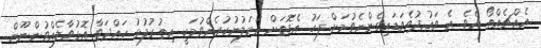
އެއްޗެއްތޯ އެވެ. އެ ވައުދުވެވަޑައިގެންނެވުމަށް ފަހު އެގޮތަށް އަމަލުނުކުރެއްވުމަކީ އިތުރުފުޅު ހައްދަވާ އޮޅުވާލެއްވުންނޫން